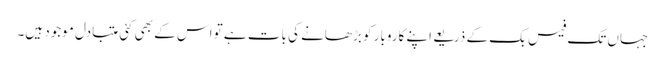
جہاں تک فیس بک کے ذریعے اپنے کاروبار کو بڑھانے کی بات ہے تو اس کے بھی کئی متبادل موجود ہیں۔